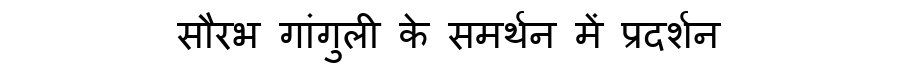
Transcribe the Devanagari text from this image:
सौरभ गांगुली के समर्थन में प्रदर्शन